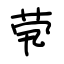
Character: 茕